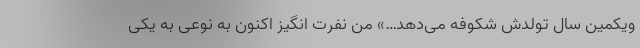
‌ویکمین سال تولدش شکوفه می‌دهد…» من نفرت انگیز اکنون به نوعی به یکی